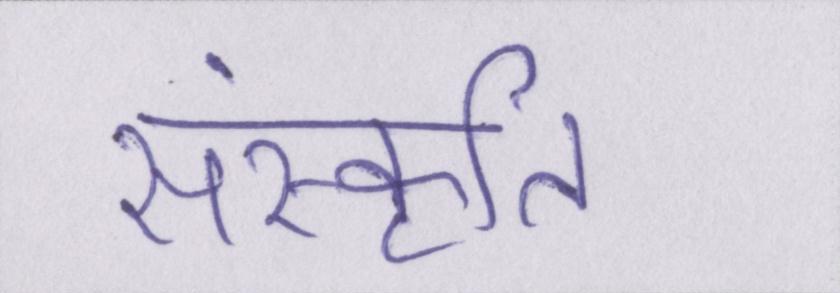
संस्कॄति